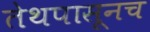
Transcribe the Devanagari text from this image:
तेथपासूनच